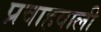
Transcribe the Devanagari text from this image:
प्रवाहवाली